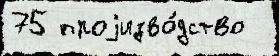
75 проjизво́дство